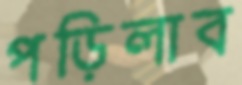
পড়িলাব